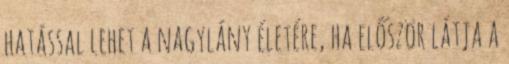
hatással lehet a nagylány életére, ha először látja a